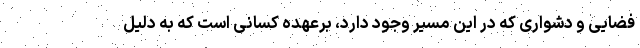
فضایی و دشواری که در این مسیر وجود دارد، برعهده کسانی است که به دلیل